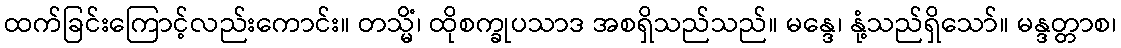
ထက်ခြင်းကြောင့်လည်းကောင်း။ တသ္မိံ၊ ထိုစက္ခုပသာဒ အစရှိသည်သည်။ မန္ဒေ၊ နုံ့သည်ရှိသော်။ မန္ဒတ္တာစ၊